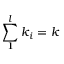
\sum _ { 1 } ^ { l } \boldsymbol { k } _ { i } = \boldsymbol { k }